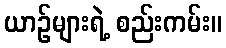
ယာဉ်များရဲ့ စည်းကမ်း။